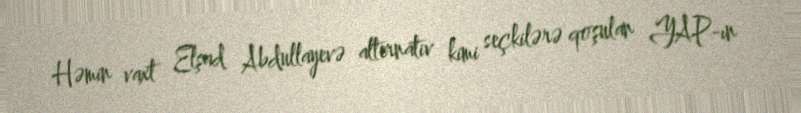
Həmin vaxt Elşad Abdullayevə alternativ kimi seçkilərə qoşulan YAP-ın